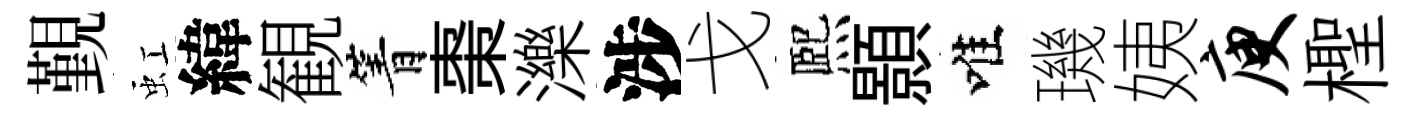
覲虹緯観箐棗濼涉戈熈顥唯璣姨庾檉